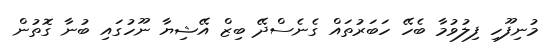
މުނިފޫހި ފިލުވުމާ ބެހޭ ހަބަރުތައް ގެނެސްދޭ ބިޒް އޭޝިޔާ ނޫހުގައި ބުނާ ގޮތުން